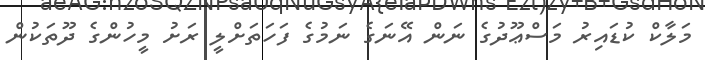
މަލާކް ކުޑައިރު މަސްޢޫދުގެ ނަން އޭނަގެ ނަމުގެ ފަހަތަށްލީ ރަށު މީހުންގެ ދޫތަކުން